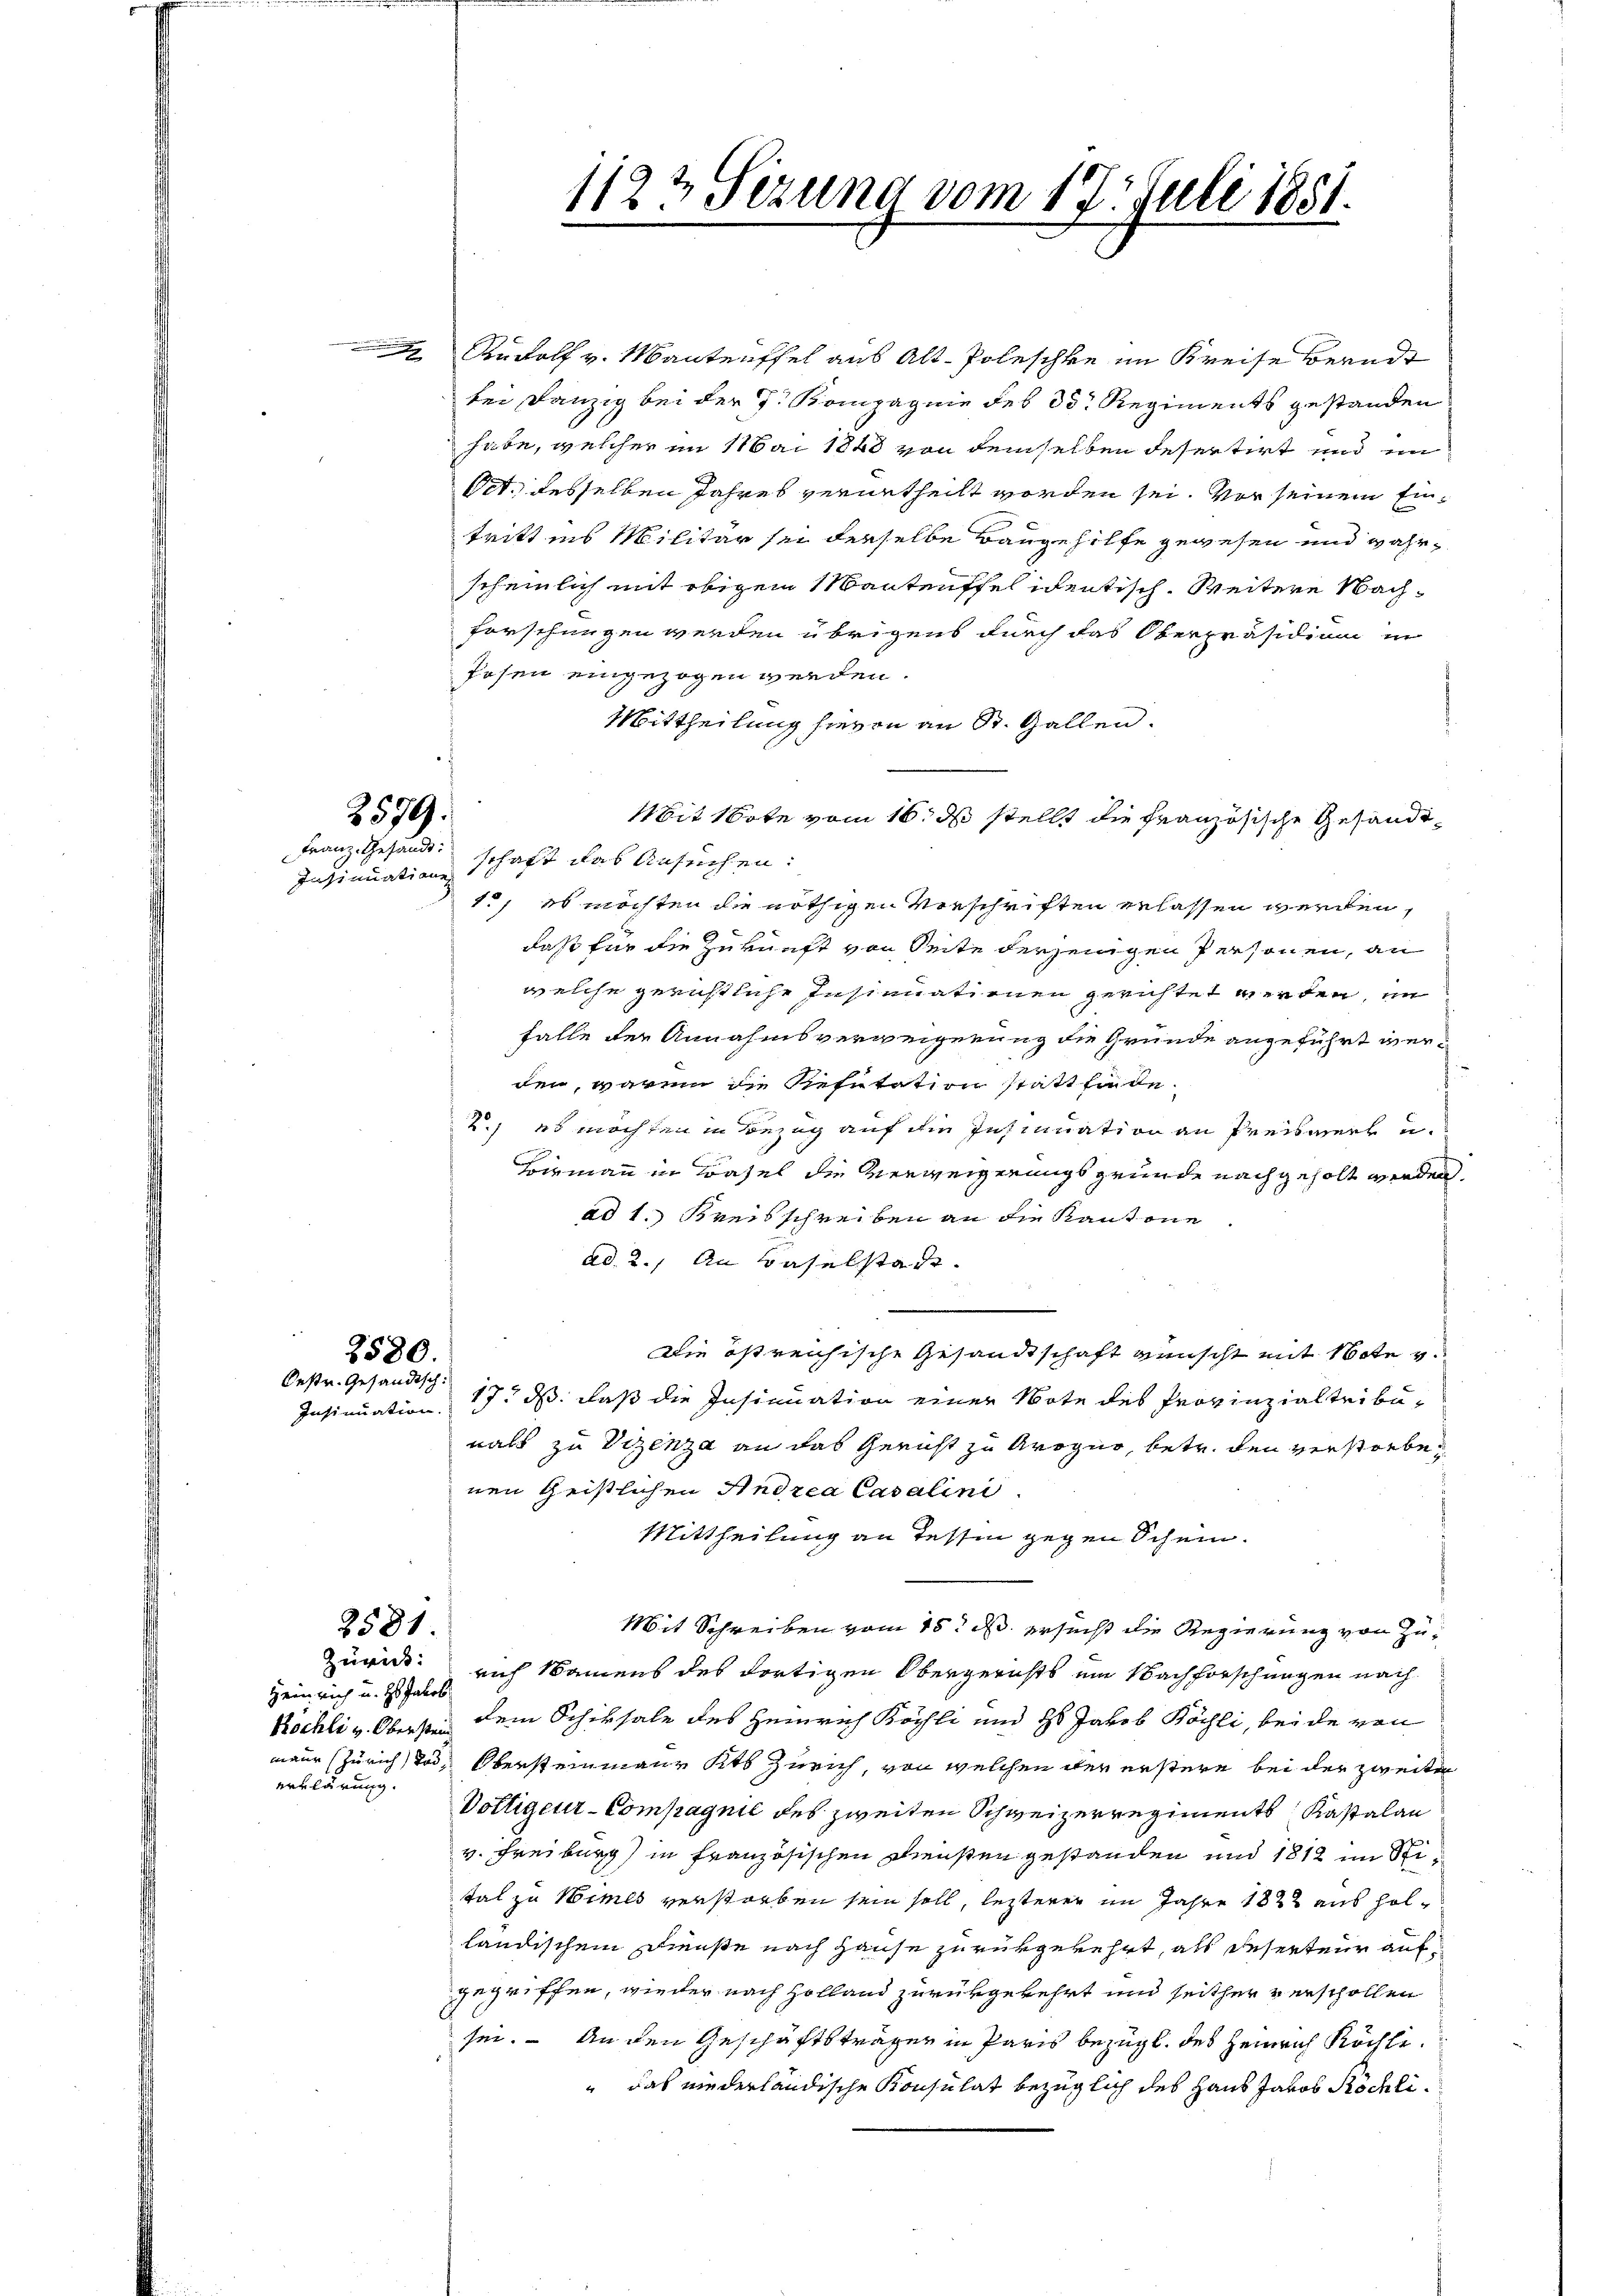
.

2579:
Franz. Gesandt:

2580.
Oestr. Gesandtsch:
Insinuation.

2581.
Zurück:

erklärung.

1122 Sezung vom 17. Juli 1851.

Rudolf v. Mantenffel aus Alt-Poleschke im Kreise berndt
bei Bänzig bei der J. Kompagnie des 33 Regiments gestanden
habe, welcher im Mai 1848 von demselben desertirt und im
Oct. desselben Jahres verurtheilt worden sei. Vor seinem Eintritt ins Militär sei derselbe Baugehilfe gewesen und wahrscheinlich mit obigem Manteuffel identisch. Weitere Nachforschungen werden übrigens durch das Oberpräsidium in
Posen eingezogen werden.
Mittheilung hievon an St. Gallen.
Mit Note vom 16. ds stellt die Französische Gesandt¬
Insinuation schaft das Ansuchen:
1., es möchten die nöthigen Verschriften erlassen werden,
daß für die Zukunft von Seite derjenigen Personen, an
welche gerichtliche Insinuationen gerichtet werden, im
falle der Annahmsverweigerung die Grunde angeführt werden, warum die Resutation stattfinde
2.) es möchten in Bezug auf im Insinuation an Preiswert u.
Loizmann in Basel die Verweigerungsgründe nachgeholt werden
ad 1. Kreisschreiben an die Kantone.
ad 2. An daselstadt.
Die östreichische Gesandtschaft wünscht mit Note v.
17. ds. daß die Insinuation einer Note des Provinzialtribunals zu Vizenza an das Gericht zu Arogno, betr. den verstorbe
nen Geistlichen Andrea Casalini
Mittheilung an Tessin gegen Schein.
Mit Schreiben vom 15t d. ersucht die Regierung von Zu¬
Heinrich u. es sich Namens des dortigen Obergerichts ein Nachforschungen nach
Köchli v. Obersten dem Schiksale des Heinrich Köchli und Hs. Jakob Köchli, beide von
neur (Zürich in Obersteinmann Kts Zürich, von welchen der erstere bei der zweiter
Voltigeur-Compagnie des zweiten Schweizerregiments Kastalan
v. Freiburg) in französischen Diensten gestanden und 1812 im Stital zu Wimes verstorben sein soll, lezterer im Jahre 1822 aus holländischem Dienste nach Hause zurükgekehrt, als Reserteur auf
gegriffen, wieder nach Holland zurükgekehrt und seither verschollen
sei. An den Geschäftsträger in Paris bezügl. des Heinrich Köchte.
" das niederländische Konsulat bezüglich des Haus Jakob Köchli¬